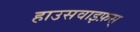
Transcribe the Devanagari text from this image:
हाउसवाइफ़स्